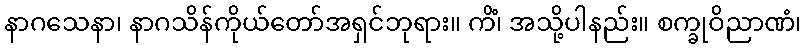
နာဂသေနာ၊ နာဂသိန်ကိုယ်တော်အရှင်ဘုရား။ ကိံ၊ အသို့ပါနည်း။ စက္ခုဝိညာဏံ၊